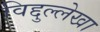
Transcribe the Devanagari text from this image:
विद्दुल्लेखा